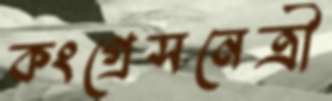
কংগ্রেসনেত্রী